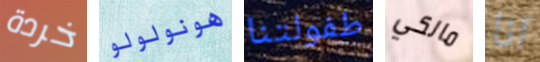
خردة هونولولو طفولتنا مالكي انا